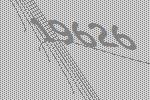
19626